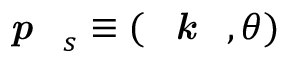
\textbf { \textit { p } } _ { s } \equiv ( \textbf { \textit { k } } , \theta )